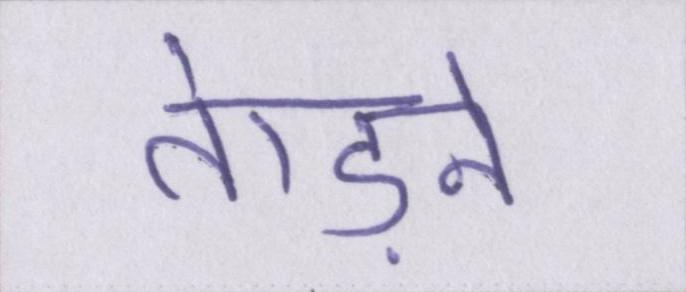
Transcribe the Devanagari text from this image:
तेाड़ने